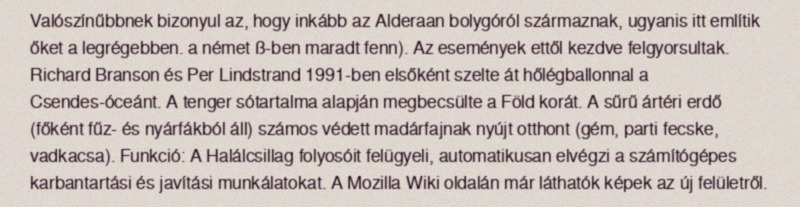
Valószínűbbnek bizonyul az, hogy inkább az Alderaan bolygóról származnak, ugyanis itt említik őket a legrégebben. a német ß-ben maradt fenn). Az események ettől kezdve felgyorsultak. Richard Branson és Per Lindstrand 1991-ben elsőként szelte át hőlégballonnal a Csendes-óceánt. A tenger sótartalma alapján megbecsülte a Föld korát. A sűrű ártéri erdő (főként fűz- és nyárfákból áll) számos védett madárfajnak nyújt otthont (gém, parti fecske, vadkacsa). Funkció: A Halálcsillag folyosóit felügyeli, automatikusan elvégzi a számítógépes karbantartási és javítási munkálatokat. A Mozilla Wiki oldalán már láthatók képek az új felületről.